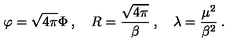
\varphi = \sqrt { 4 \pi } \Phi \: , \quad R = \displaystyle \frac { \sqrt { 4 \pi } } { \beta } \: , \quad \lambda = \displaystyle \frac { \mu ^ { 2 } } { \beta ^ { 2 } } \: .